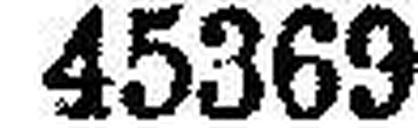
45369